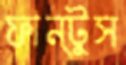
ফান্টুস